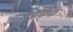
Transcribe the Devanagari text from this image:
अंकक